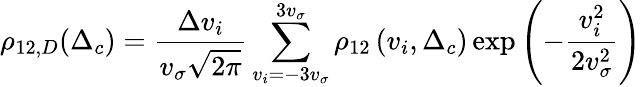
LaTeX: \rho_{12,D}(\Delta_{c})=\frac{\Delta v_{i}}{v_{\sigma}\sqrt{2\pi}}\sum_{v_{i}=-3v_{\sigma}}^{3v_{\sigma}}\rho_{12}\left(v_{i},\Delta_{c}\right)\exp\left(-\frac{v_{i}^{2}}{2v_{\sigma}^{2}}\right)